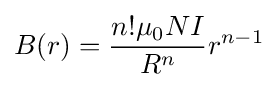
B(r)={\frac {n!\mu _{0}NI}{R^{n}}}r^{n-1}